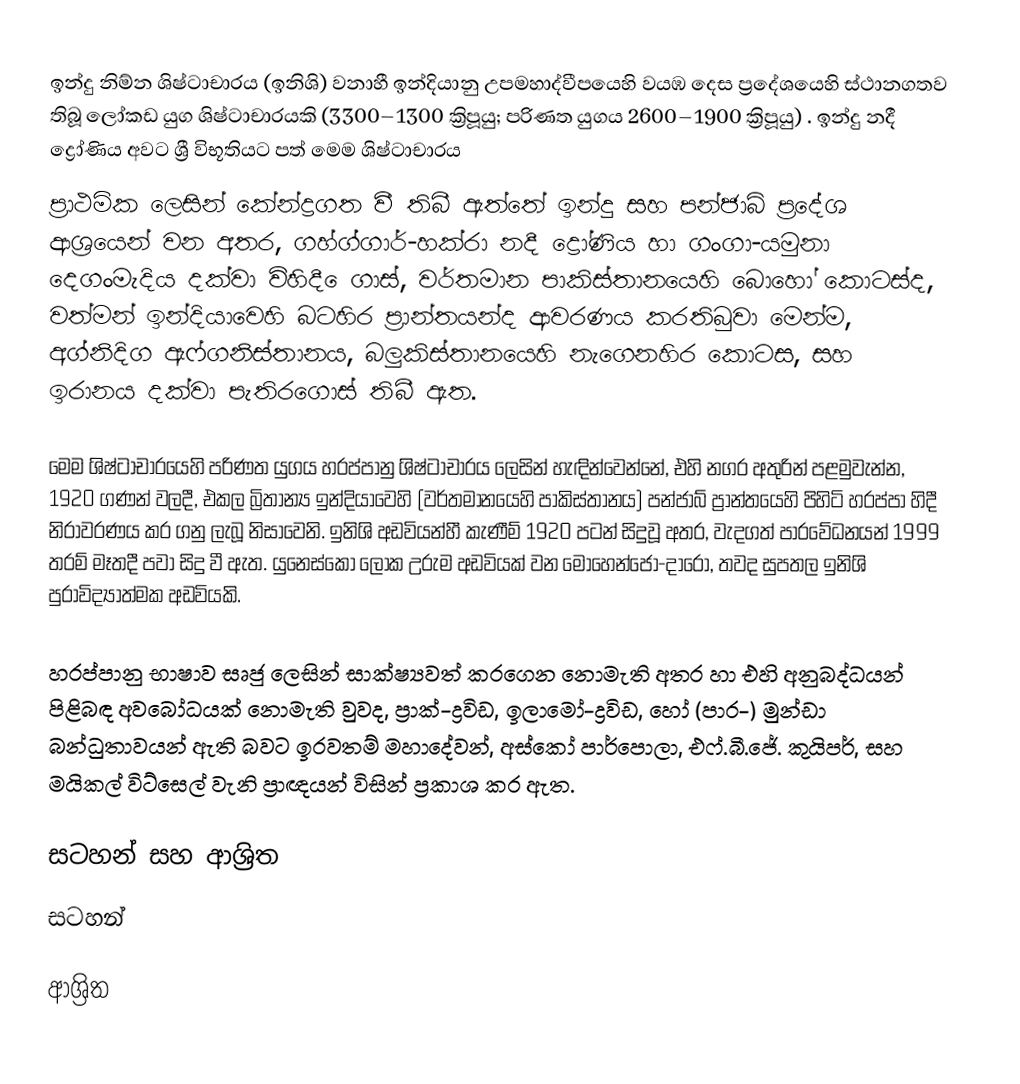
ඉන්දු නිම්න ශිෂ්ටාචාරය (ඉනිශි) වනාහී ඉන්දියානු උපමහාද්වීපයෙහි වයඹ දෙස ප්‍රදේශයෙහි ස්ථානගතව තිබූ ලෝකඩ යුග ශිෂ්ටාචාරයකි  (3300–1300 ක්‍රිපූයු; පරිණත යුගය 2600–1900 ක්‍රිපූයු) . ඉන්දු නදී ද්‍රෝණිය අවට ශ්‍රී විභූතියට පත් මෙම ශිෂ්ටාචාරය
ප්‍රාථමික ලෙසින් කේන්ද්‍රගත වී තිබී ඇත්තේ ඉන්දු සහ පන්ජාබ් ප්‍රදේශ ආශ්‍රයෙන් වන අතර,  ගහ්ග්ගාර්-හක්රා නදී ද්‍රෝණිය හා ගංගා-යමුනා දෙගංමැදිය දක්වා විහිදී ‍ෙගාස්, වර්තමාන පාකිස්තානයෙහි බොහෝ කොටස්ද, වත්මන් ඉන්දියාවෙහි බටහිර ප්‍රාන්තයන්ද ආවරණය කරතිබුවා මෙන්ම, අග්නිදිග ඇෆ්ගනිස්තානය, බලුකිස්තානයෙහි නැගෙනහිර කොටස, සහ  ඉරානය දක්වා පැතිරගොස් තිබී ඇත.

මෙම ශිෂ්ටාචාරයෙහි පරිණත යුගය හරප්පානු ශිෂ්ටාචාරය ලෙසින් හැඳින්වෙන්නේ, එහි නගර අතුරින් පළමුවැන්න, 1920 ගණන් වලදී, එකල  බ්‍රිතාන්‍ය ඉන්දියාවෙහි (වර්තමානයෙහි පාකිස්තානය) පන්ජාබ් ප්‍රාන්තයෙහි පිහිටි හරප්පා හිදී නිරාවරණය කර ගනු ලැබූ නිසාවෙනි. ඉනිශි අඩවියන්හී කැණීම් 1920 පටන් සිදුවූ අතර, වැදගත් පාරවේධනයන් 1999 තරම් මෑතදී පවා සිදු වී ඇත.    යුනෙස්කෝ ලෝක උරුම අඩවියක් වන මොහෙන්ජො-දාරෝ, තවද සුපතල ඉනිශි පුරාවිද්‍යාත්මක අඩවියකි.

හරප්පානු භාෂාව සෘජු ලෙසින් සාක්ෂ්‍යවත් කරගෙන නොමැති අතර හා එහි අනුබද්ධයන් පිළිබඳ අවබෝධයක් නොමැති වුවද, ප්‍රාක්-ද්‍රවිඩ, ඉලාමෝ-ද්‍රවිඩ, හෝ (පාර-) මුන්ඩා බන්ධුතාවයන් ඇති බවට ඉරවතම් මහාදේවන්, අස්කෝ පාර්පොලා, එෆ්.බී.ජේ. කුයිපර්, සහ මයිකල් විට්සෙල් වැනි ප්‍රාඥයන් විසින් ප්‍රකාශ කර ඇත.

සටහන් සහ ආශ්‍රිත
සටහන්

ආශ්‍රිත